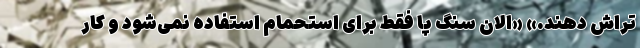
تراش ‌دهند.» «الان سنگ پا فقط برای استحمام‌ استفاده نمی‌شود و کار